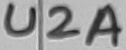
Text: U2A